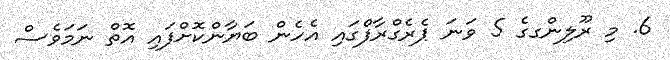
6. މި ރޫލިންގގެ 5 ވަނަ ޕެރެގްރާފްގައި އެހެން ބަޔާންކޮށްފައި އޮތް ނަމަވެސް